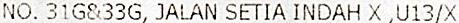
NO. 31G&33G, JALAN SETIA INDAH X ,U13/X